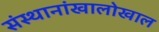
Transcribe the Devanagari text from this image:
संस्थानांखालोखाल